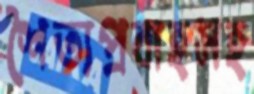
শৈত্যপ্রবাহসহ